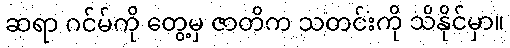
ဆရာ ဂင်မ်ကို တွေ့မှ ဇာတိက သတင်းကို သိနိုင်မှာ။